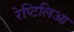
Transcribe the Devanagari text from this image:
रेप्टिलिआ